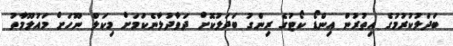
ބަދަލުކުރުމުގެ އިތުރުން އިންޑޯ ކޯޓުގެ ރިންގު ބަދަލުކޮށް ދަވާދުލާނެކަމަށް މިކަލް ނޫހަށް މައުލޫމާތު